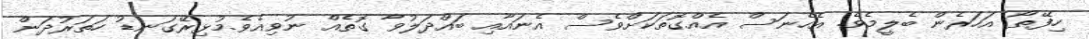
ހިފޭތޯ އަހަރެން ބެލީމެވެ. އެހެނަސް އެއްގޮތަކަށްވެސް އެނައާއި ބައްދަލުވާ ގޮތެއް ނުވިއެވެ.މުޅިރޭގަނޑު ހަތަރުދަން